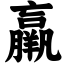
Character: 羸